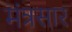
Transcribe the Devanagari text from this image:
मंत्रसार